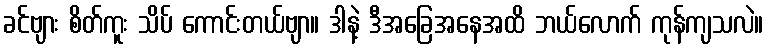
ခင်ဗျား စိတ်ကူး သိပ် ကောင်းတယ်ဗျာ။ ဒါနဲ့ ဒီအခြေအနေအထိ ဘယ်လောက် ကုန်ကျသလဲ။